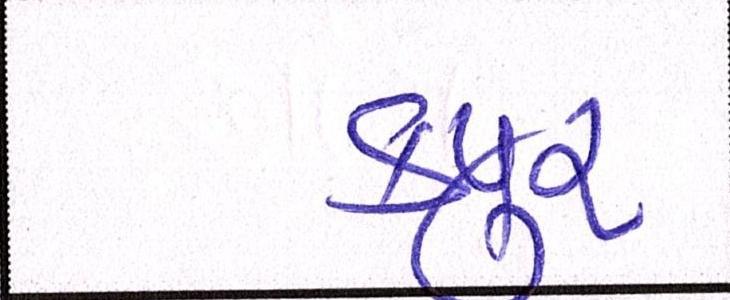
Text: કપૂર